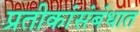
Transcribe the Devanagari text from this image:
प्रतीकांसंबंधात